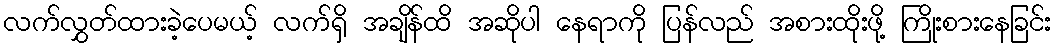
လက်လွှတ်ထားခဲ့ပေမယ့် လက်ရှိ အချိန်ထိ အဆိုပါ နေရာကို ပြန်လည် အစားထိုးဖို့ ကြိုးစားနေခြင်း